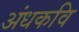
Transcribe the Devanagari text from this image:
अंधकवि